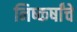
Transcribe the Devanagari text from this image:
निष्कर्षांचे